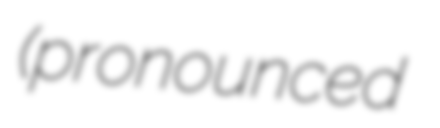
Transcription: (pronounced